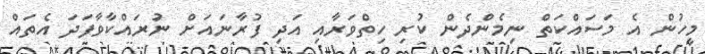
މީހުން އެ މަސައްކަތް ނިމެންދެން ކުރި ހިތްވަރާއި އަދި ފުރާނައަށް ނުރައްކާވާފަދަ އެތައް